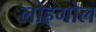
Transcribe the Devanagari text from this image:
लोहगोल